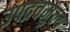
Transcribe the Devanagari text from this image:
उपद्रवमुल्य